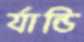
র‍্যান্ডি